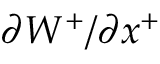
{ { \partial } W ^ { + } } / { { \partial } x ^ { + } }